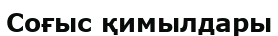
Соғыс қимылдары